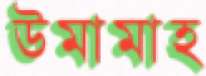
উমামাহ